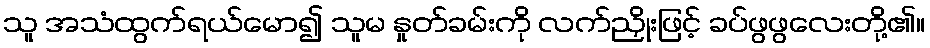
သူ အသံထွက်ရယ်မော၍ သူမ နှုတ်ခမ်းကို လက်ညှိုးဖြင့် ခပ်ဖွဖွလေးတို့၏။